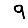
Digit: 9